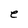
Character: e